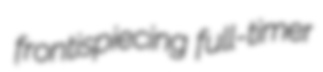
frontispiecing full-timer